Vaccine operations Central Provinces 1900-1911 - 1900-1911
Year: 1900
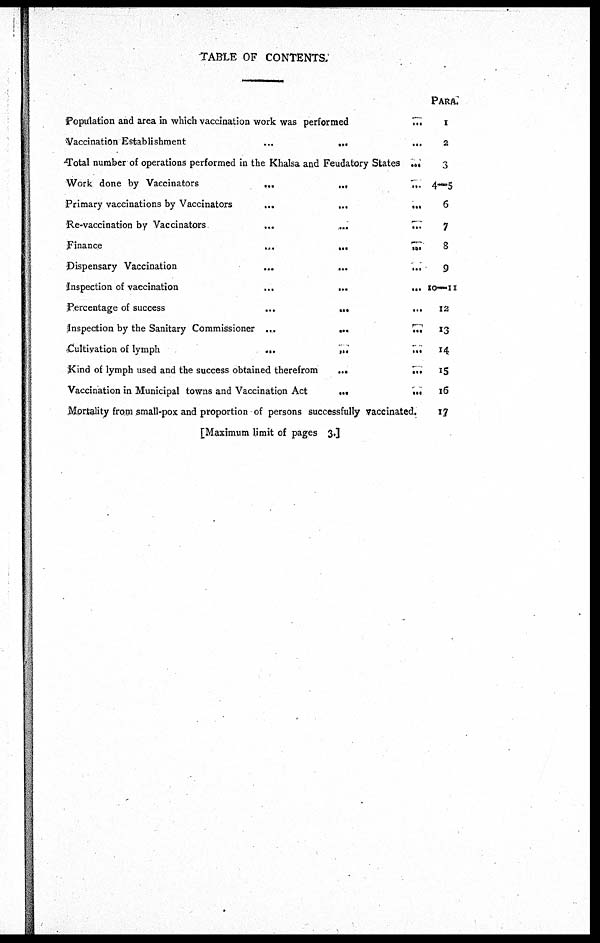
TABLE OF CONTENTS.
Population and area in which vaccination work was performed
...
Vaccination Establishment
...
...
...
Total number of operations performed in the Khalsa and Feudatory States ...
Work done by Vaccinators
...
..
...
Primary vaccinations by Vaccinators
...
...
...
Re-vaccination by Vaccinators
...
...
...
Finance
...
...
...
Dispensary Vaccination
...
...
...
Inspection of vaccination
...
...
...
Percentage of success
...
...
...
Inspection by the Sanitary Commissioner ... ... ...
Cultivation of lymph
...
...
...
Kind of lymph used and the success obtained therefrom
...
...
Vaccination in Municipal towns and Vaccination Act ... ...
Mortality from small-pox and proportion of persons successfully vaccinated.
PARA.
X
2
3
4—5
6
7
8
9
10—11
12
13
14
15
16
17
[Maximum limit of pages 3.]